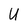
Character: U